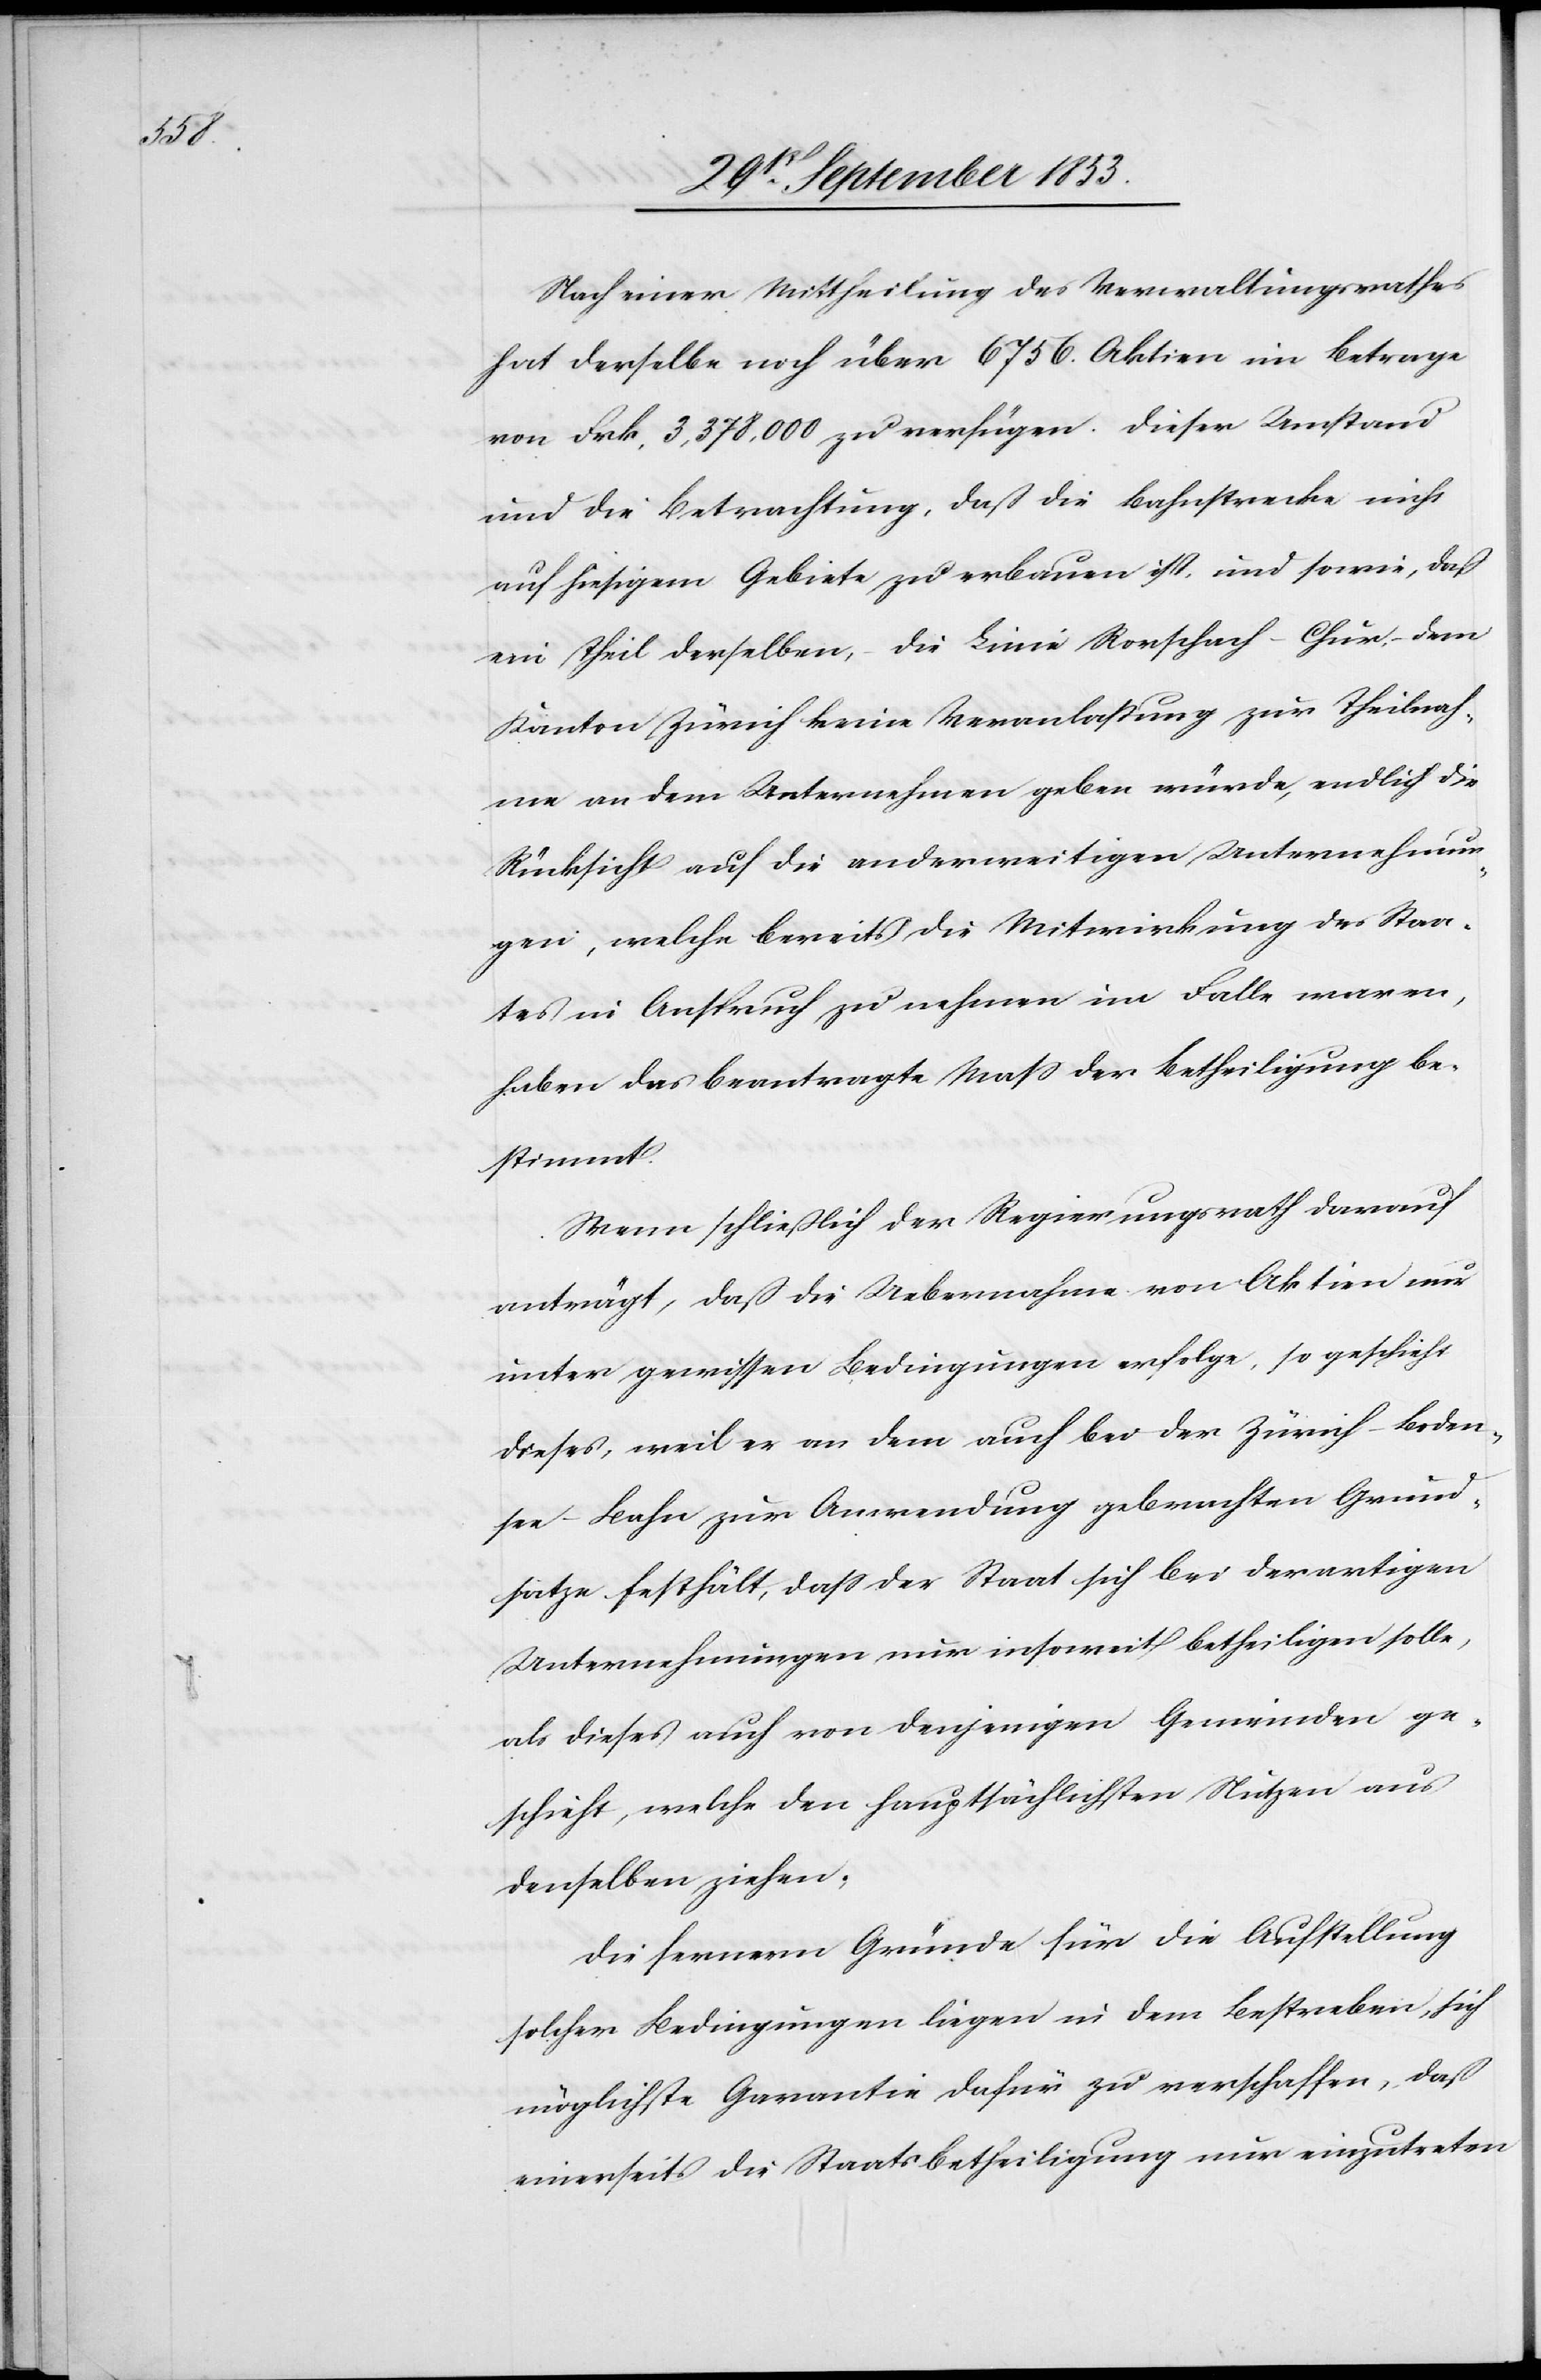
Nach einer Mittheilung des Verwaltungsrathes
hat derselbe noch über 6756 Aktien im Betrag
von Frk. 3,378,000 zu verfügen. Dieser Umstand
und die Betrachtung, daß die Bahnstrecke nicht
auf hiesigem Gebiete zu erbauen ist, und sowie, daß
ein Theil derselben, die Linie Rorschach-Chur, dem
Kanton Zürich keine Veranlaßung zur Theilnah¬
me an dem Unternehmen geben würde, endlich die
Rücksicht auf die anderweitigen Unternehmun¬
gen, welche bereits die Mitwirkung des Staa¬
tes in Anspruch zu nehmen im Falle waren,
haben das beantragte Maß der Betheiligung be¬
stimmt.
Wenn schließlich der Regierungsrath darauf
anträgt, daß die Uebernahme von Aktien nur
unter gewissen Bedingungen erfolge, so geschieht
dieses, weil es an dem auch bei der Zürich-Boden¬
see-Bahn zur Anwendung gebrachten Grund¬
satze festhält, daß der Staat sich bei derartigen
Unternehmungen nur insoweit betheiligen solle,
als dieses auch von denjenigen Gemeinden ge¬
schieht, welche den hauptsächlichen Nutzen aus
denselben ziehen;
Die fernern Gründe für die Aufstellung
solcher Bedingungen liegen in dem Bestreben, sich
möglichste Garantie dafür zu verschaffen, daß
einerseits die Staatsbetheiligung nur einzutreten